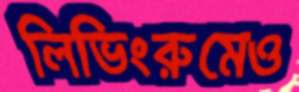
লিভিংরুমেও